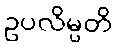
ဥပလိမ္ပတိ